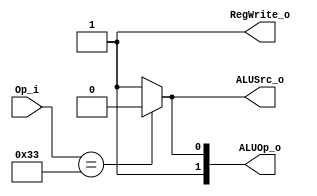
`define RTYPE 7'b0110011

module Control(Op_i, ALUOp_o, ALUSrc_o, RegWrite_o);
    input [6:0] Op_i;
    output [1:0] ALUOp_o;
    output ALUSrc_o, RegWrite_o;

    assign ALUOp_o = (Op_i == `RTYPE) ? 2'b10 : 2'b11;
    assign ALUSrc_o = (Op_i == `RTYPE) ? 1'b0 : 1'b1;
    assign RegWrite_o = 1'b1;

endmodule